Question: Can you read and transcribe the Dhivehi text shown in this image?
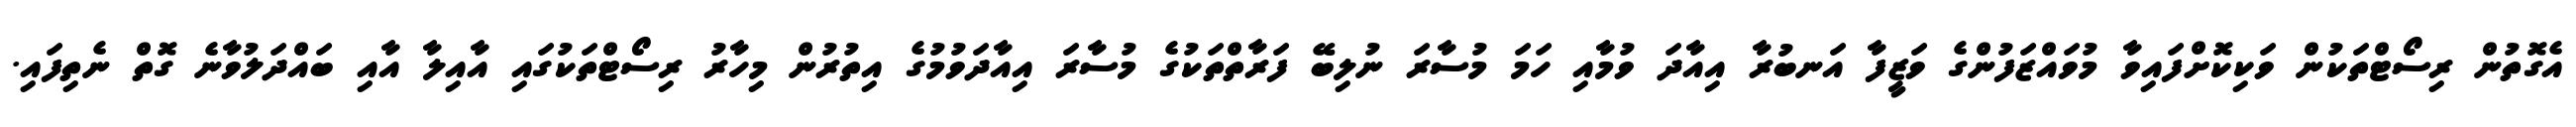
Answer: އެގޮތުން ރިސޯޓްތަކުން ވަކިކޮށްފައިވާ މުވައްޒަފުންގެ ވަޒީފާ އަނބުރާ އިއާދަ ވުމާއި ހަމަ މުސާރަ ނުލިބޭ ފަރާތްތަކުގެ މުސާރަ އިއާދަވުމުގެ އިތުރުން މިހާރު ރިސޯޓްތަކުގައި އާއިލާ އާއި ބައްދަލުވާނެ ގޮތް ނެތިފައި.